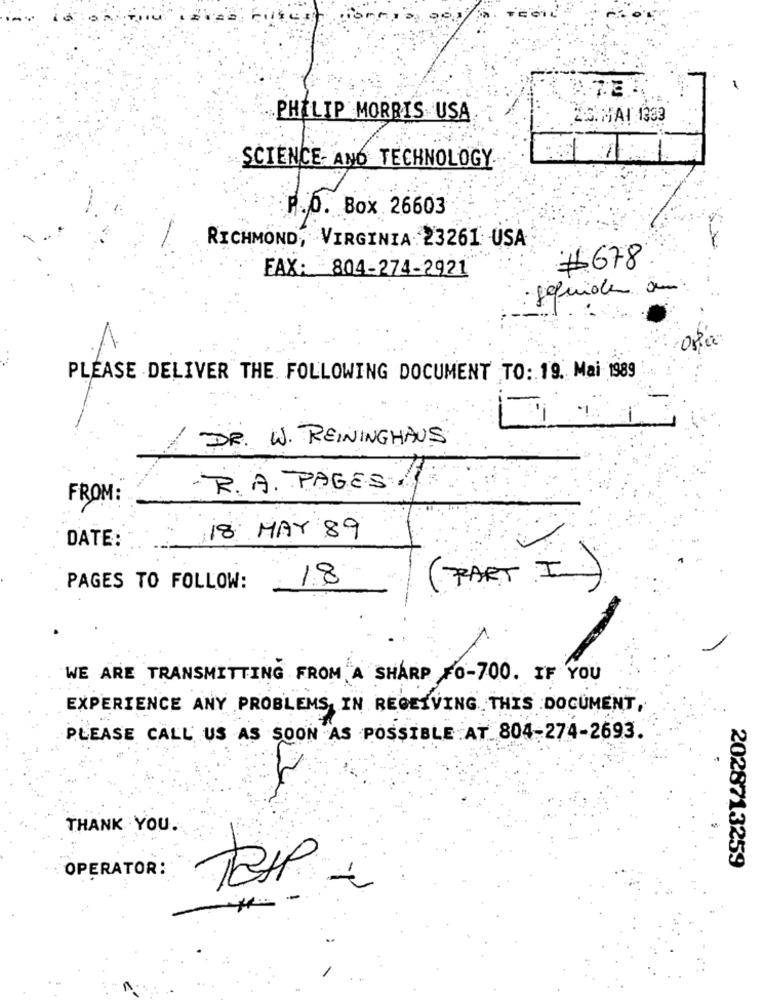
PHILIP MORRIS USA
25. MAI 1333
SCIENCE- AND TECHNOLOGY.
P.O. Box 26603
RICHMOND, VIRGINIA. 23261 USA
FAX: 804-274-2921
#678
gefunden am
08.00
PLEASE DELIVER THE FOLLOWING DOCUMENT TO: 19. Mai 1989
DR. W. REININGHAUS
.R. A. PAGES/1
FROM :
DATE:
18 MAY 89
18
(PART I)
PAGES TO FOLLOW:
WE ARE TRANSMITTING FROM A SHARP FO-700. IF YOU
EXPERIENCE ANY PROBLEMS IN RECEIVING THIS DOCUMENT,
PLEASE CALL US AS SOON AS POSSIBLE AT 804-274-2693.
THANK YOU.
OPERATOR:
2028713259
-